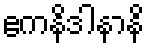
ဧကနိဒါနာနိ